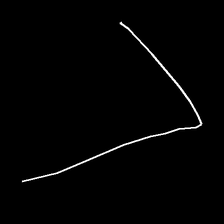
Glyph: region